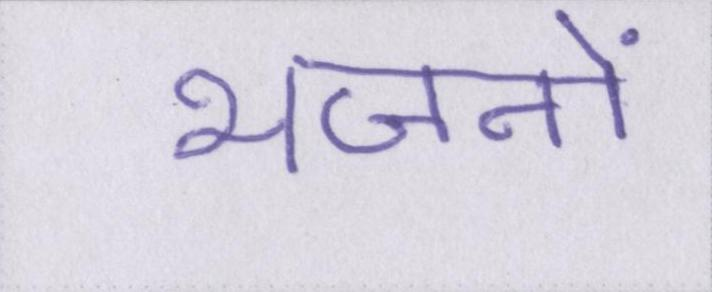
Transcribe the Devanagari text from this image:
भजनों